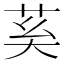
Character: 𦮐